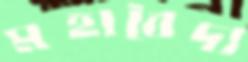
মহাবৈদ্য